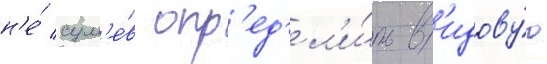
н'е́ сум'е́в опр'ед'ел'и́ть в'идову́ю